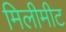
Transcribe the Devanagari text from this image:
मिलीमीट